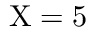
{ \mathrm { X } = 5 }